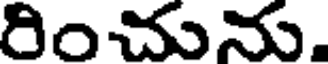
రించును.